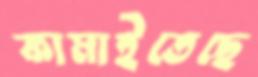
কামাইতেছে